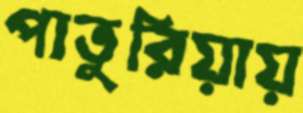
পাতুরিয়ায়